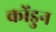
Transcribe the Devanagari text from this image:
कोंडुन